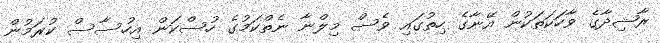
ރާޝިދާގެ ވާހަކަތަކުން އޭނާގެ ހިތުގައި ވެސް މިލްނާ ނެތްކަމުގެ ހުސްކަން އިހުސާސް ކުރަމުން